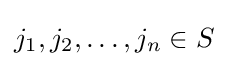
j_{1},j_{2},\ldots ,j_{n}\in S